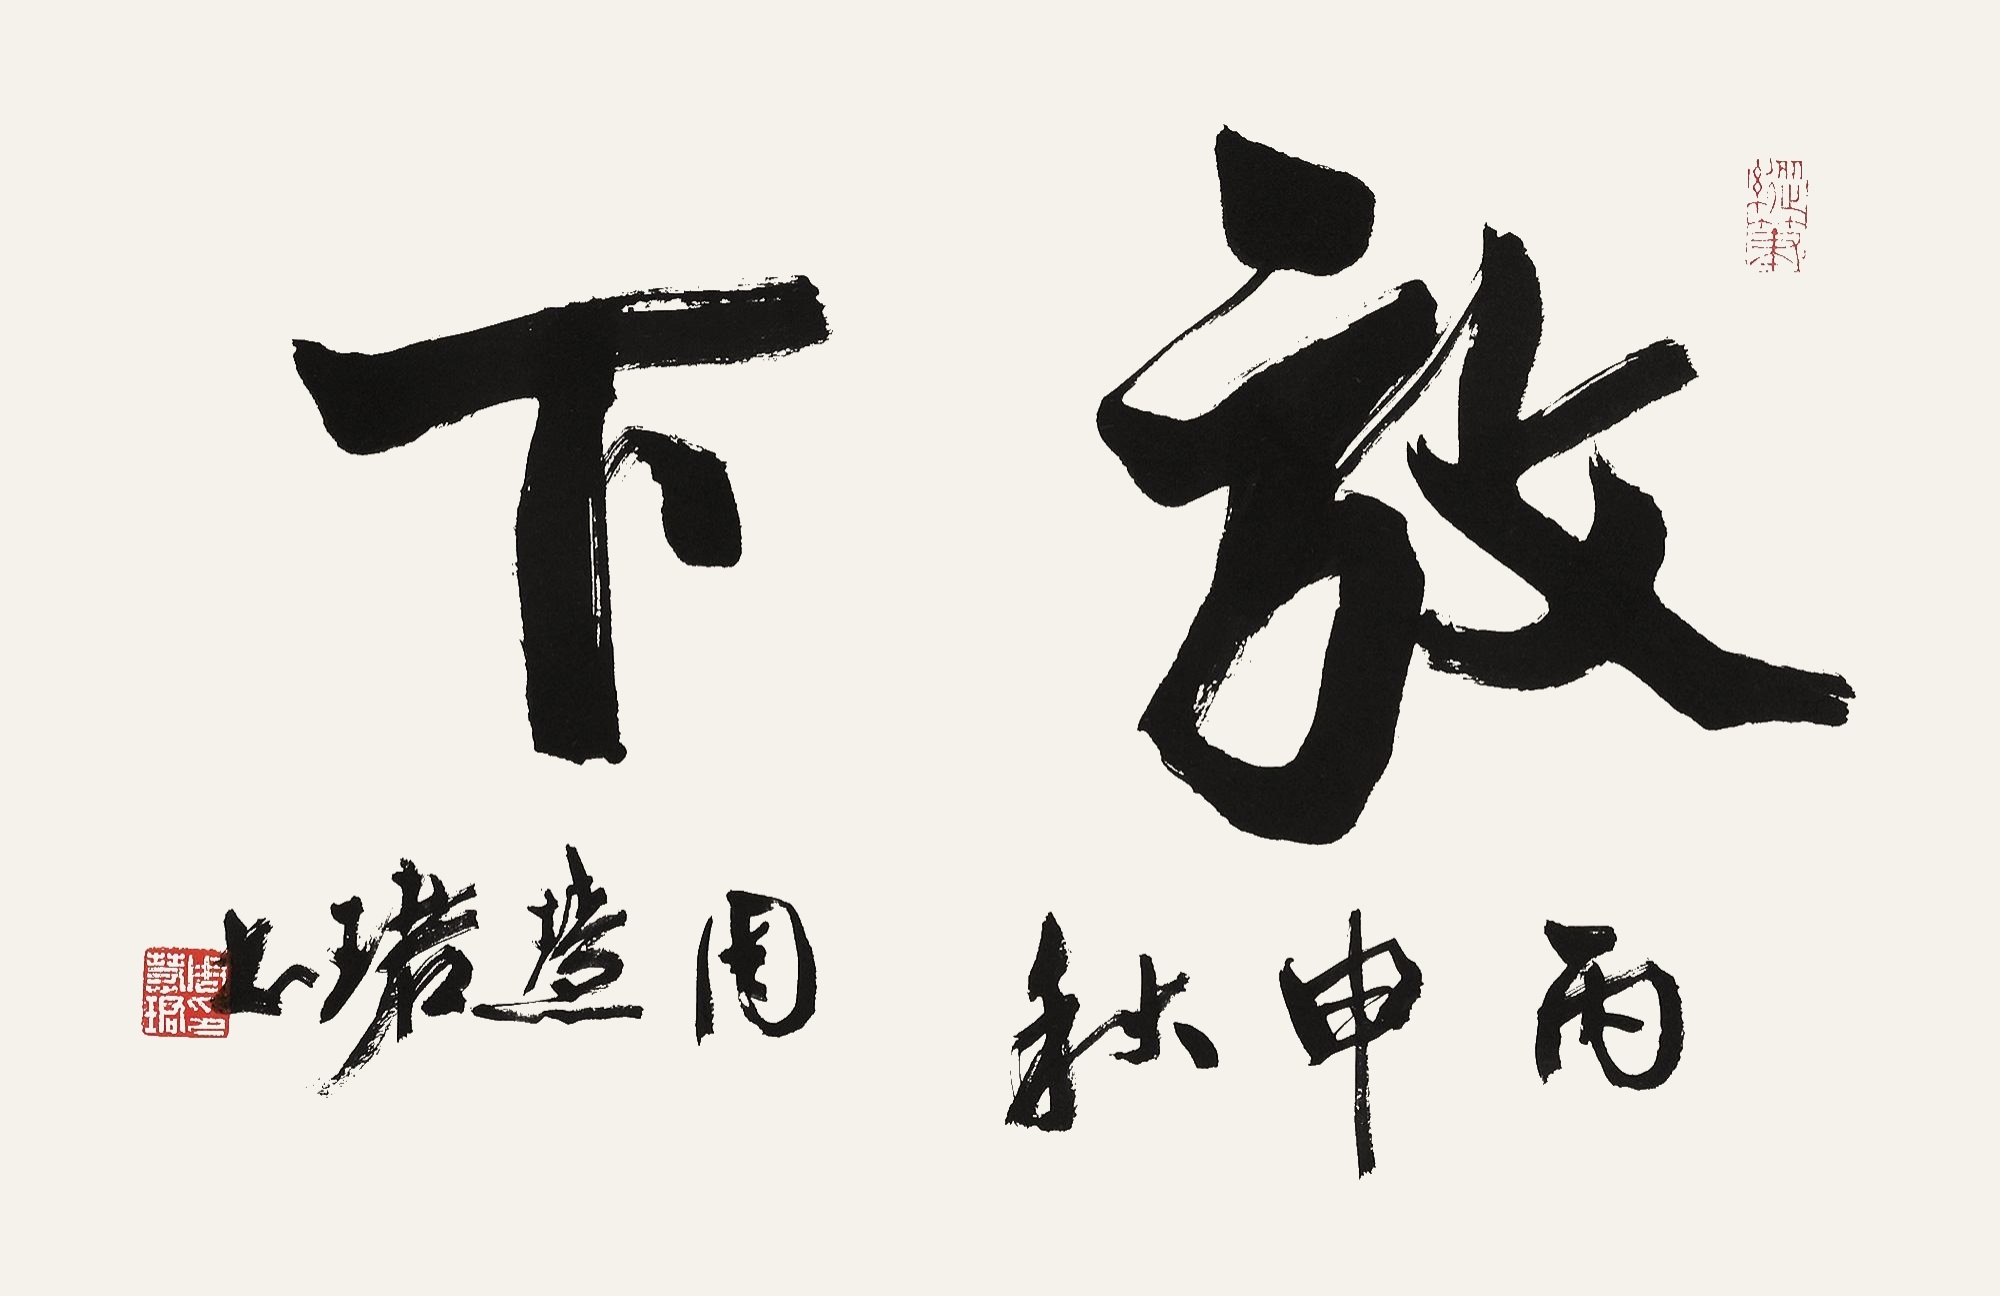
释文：放下。丙申秋，周慧珺书。